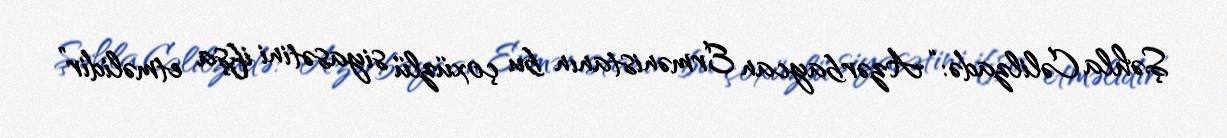
Şəhla Cəlilzadə: “Azərbaycan Ermənistanın bu çoxüzlü siyasətini ifşa etməlidir”